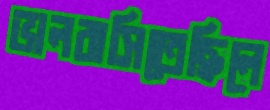
ভালবাসিতেছিলে